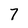
Character: 7